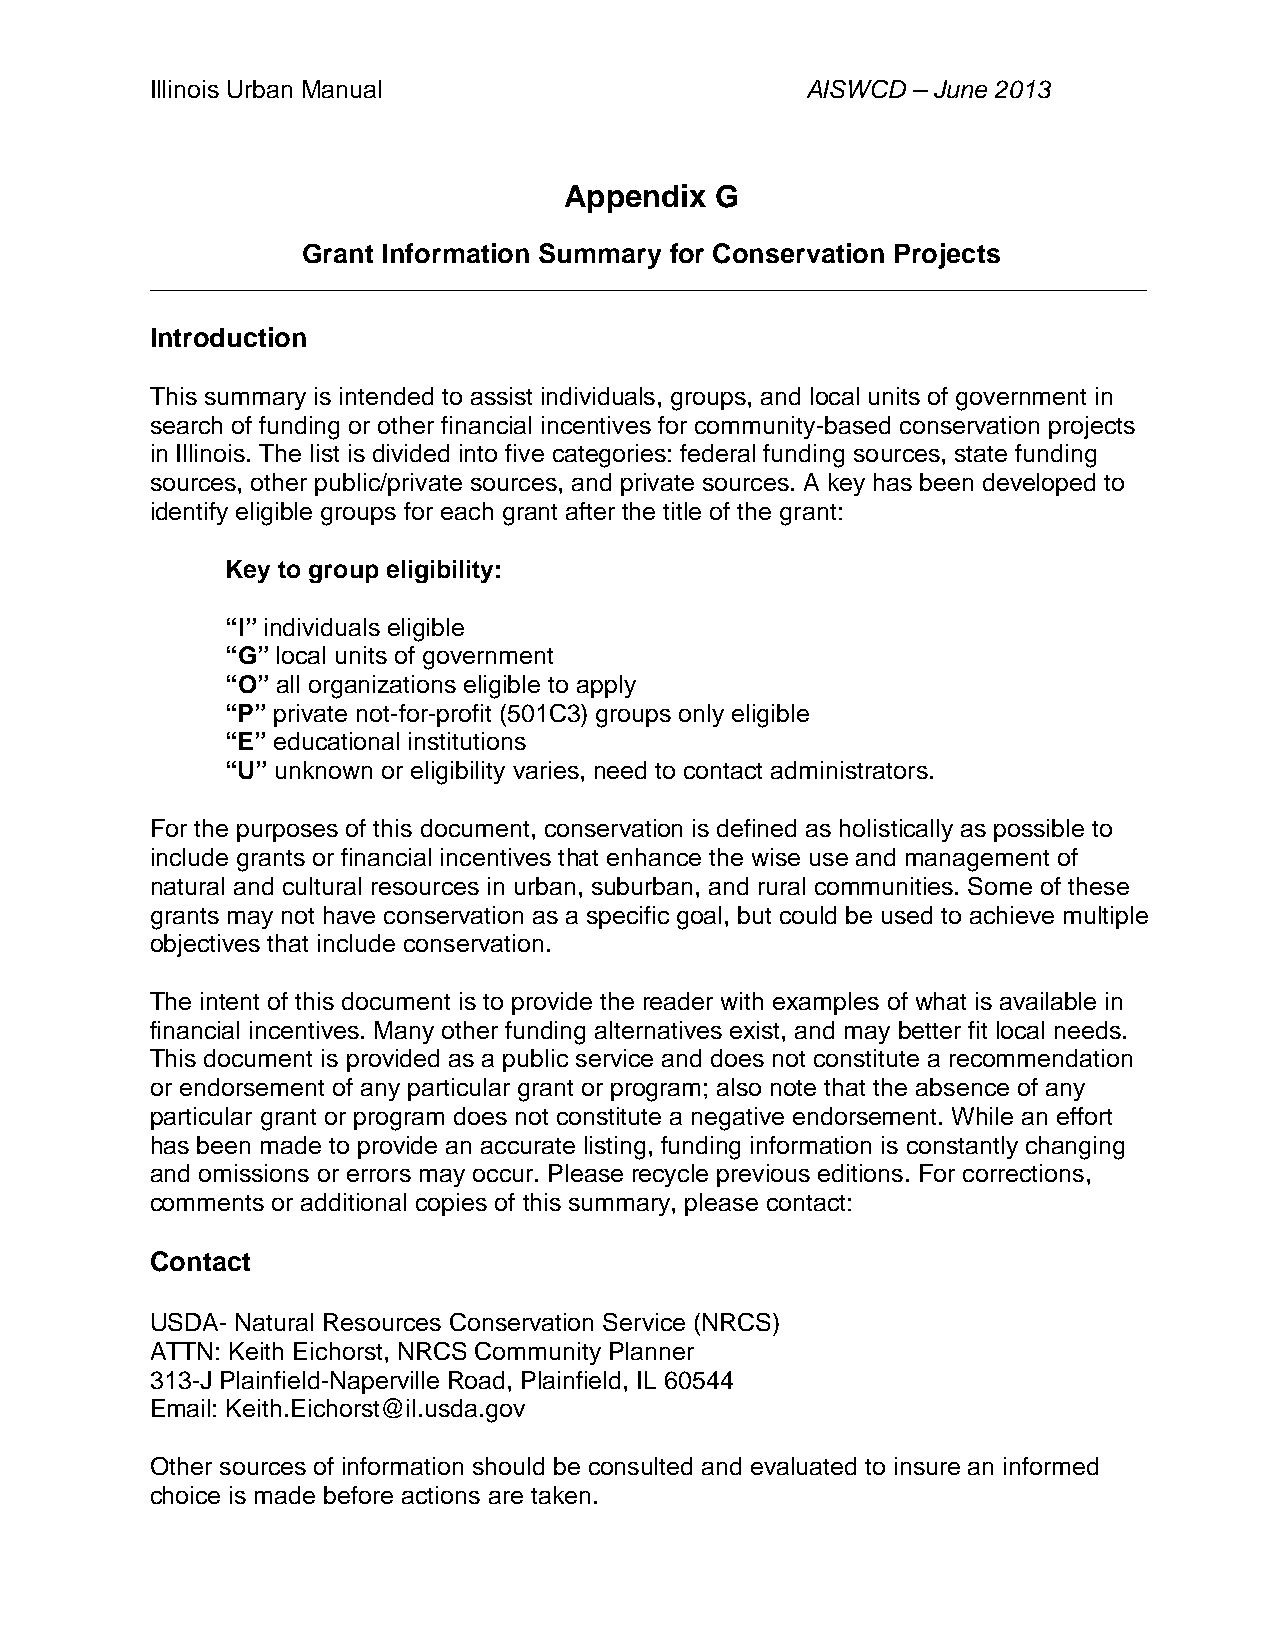
Illinois Urban Manual                      AISWCD – June 2013
 Appendix  G
 Grant Information Summary for Conservation Projects
 ______________________________________________________________________________________
 Introduction
 This summary is intended to assist individuals, groups, and local units of government in
 search of funding or other financial incentives for community-based conservation projects
 in Illinois. The list is divided into five categories: federal funding sources, state funding
 sources, other public/private sources, and private sources. A key has been developed to
 identify eligible groups for each grant after the title of the grant:
 Key to group eligibility:
 “I” individuals eligible
 “G” local units of government
 “O” all organizations eligible to apply
 “P” private not-for-profit (501C3) groups only eligible
 “E” educational institutions
 “U” unknown or eligibility varies, need to contact administrators.
 For the purposes of this document, conservation is defined as holistically as possible to
 include grants or financial incentives that enhance the wise use and management of
 natural and cultural resources in urban, suburban, and rural communities. Some of these
 grants may not have conservation as a specific goal, but could be used to achieve multiple
 objectives that include conservation.
 The intent of this document is to provide the reader with examples of what is available in
 financial incentives. Many other funding alternatives exist, and may better fit local needs.
 This document is provided as a public service and does not constitute a recommendation
 or endorsement of any particular grant or program; also note that the absence of any
 particular grant or program does not constitute a negative endorsement. While an effort
 has been made to provide an accurate listing, funding information is constantly changing
 and omissions or errors may occur. Please recycle previous editions. For corrections,
 comments or additional copies of this summary, please contact:
 Contact
 USDA- Natural Resources Conservation Service (NRCS)
 ATTN: Keith Eichorst, NRCS Community Planner
 313-J Plainfield-Naperville Road, Plainfield, IL 60544
 Email: Keith.Eichorst@il.usda.gov
 Other sources of information should be consulted and evaluated to insure an informed
 choice is made before actions are taken.